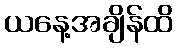
ယနေ့အချိန်ထိ